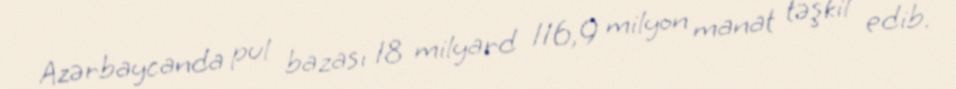
Azərbaycanda pul bazası 18 milyard 116,9 milyon manat təşkil edib.